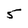
Character: 5